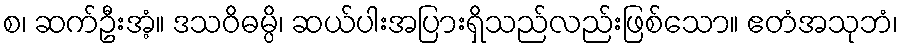
စ၊ ဆက်ဦးအံ့။ ဒသဝိဓမ္ပိ၊ ဆယ်ပါးအပြားရှိသည်လည်းဖြစ်သော။ ဧတံအသုဘံ၊